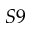
S 9